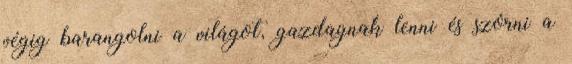
végig barangolni a világot, gazdagnak lenni és szórni a